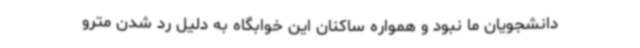
دانشجویان ما نبود و همواره ساکنان این خوابگاه به دلیل رد شدن مترو